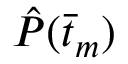
\hat { P } ( \bar { t } _ { m } )